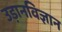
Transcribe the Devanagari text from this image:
उड़ानविज्ञान